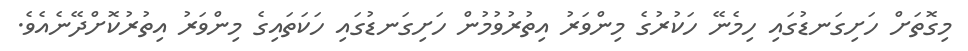
މިގޮތަށް ހަށިގަނޑުގައި ހިމެނޭ ހަކުރުގެ މިންވަރު އިތުރުވުމުން ހަށިގަނޑުގައި ހަކަތައިގެ މިންވަރު އިތުރުކޮށްދޭނެއެވެ.